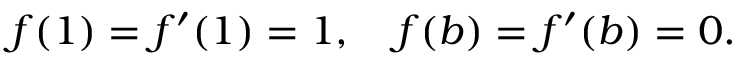
f ( 1 ) = f ^ { \prime } ( 1 ) = 1 , \quad f ( b ) = f ^ { \prime } ( b ) = 0 .